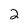
Character: 2